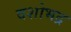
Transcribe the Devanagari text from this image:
वशोभद्र